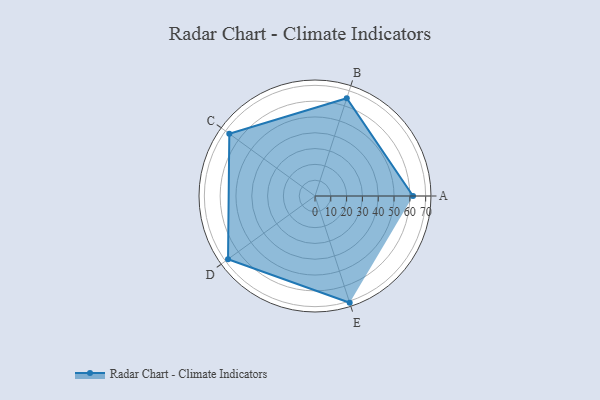
{"axis": {"x": "Skill", "y": "Score"}, "legend": ["Profile"], "data": [{"x": "A", "y": 62.0, "type": "Profile"}, {"x": "B", "y": 65.0, "type": "Profile"}, {"x": "C", "y": 67.0, "type": "Profile"}, {"x": "D", "y": 68.0, "type": "Profile"}, {"x": "E", "y": 71.0, "type": "Profile"}]}